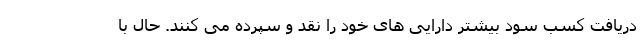
دریافت کسب سود بیشتر دارایی های خود را نقد و سپرده می کنند. حال با